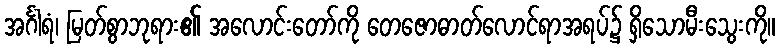
အင်္ဂါရံ၊ မြတ်စွာဘုရား၏ အလောင်းတော်ကို တေဇောဓာတ်လောင်ရာအရပ်၌ ရှိသောမီးသွေးကို။